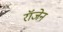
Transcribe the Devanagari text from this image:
रॉजेन